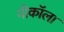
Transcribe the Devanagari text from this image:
नीकॉला